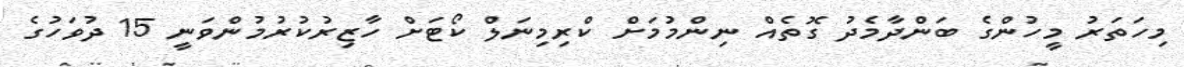
މިހަތަރު މީހުންގެ ބަންދާމެދު ގޮތެއް ނިންމުމަށް ކްރިމިނަލް ކޯޓަށް ހާޒިރުކުރުމުންވަނީ 15 ދުވަހުގެ